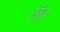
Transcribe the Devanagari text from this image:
सेहै।